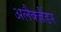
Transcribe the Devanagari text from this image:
अलैक्‍ज़ैंडर